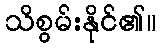
သိစွမ်းနိုင်၏။